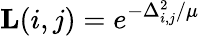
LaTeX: \mathbf{L}(i,j)=e^{-\Delta_{i,j}^{2}/\mu}